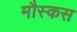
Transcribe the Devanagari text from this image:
मौस्कस